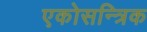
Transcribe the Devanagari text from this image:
एकोसन्त्रिक